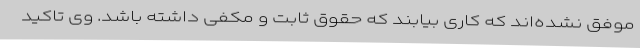
موفق نشده‌اند که کاری بیابند که حقوق ثابت و مکفی داشته باشد. وی تاکید